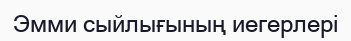
Эмми сыйлығының иегерлері